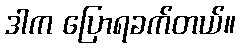
ဒါက ပြောရခက်တယ်။